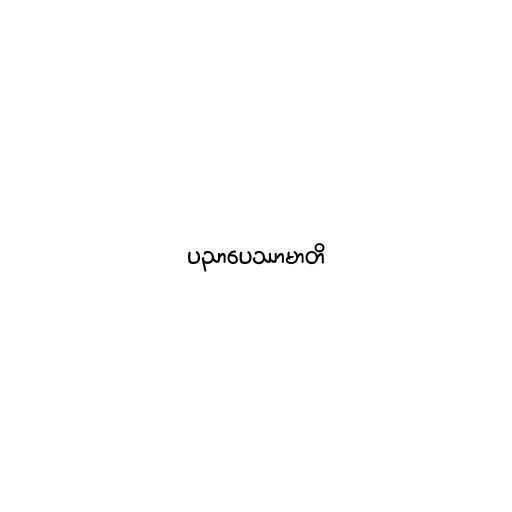
ပညာပေဿာမာတိ